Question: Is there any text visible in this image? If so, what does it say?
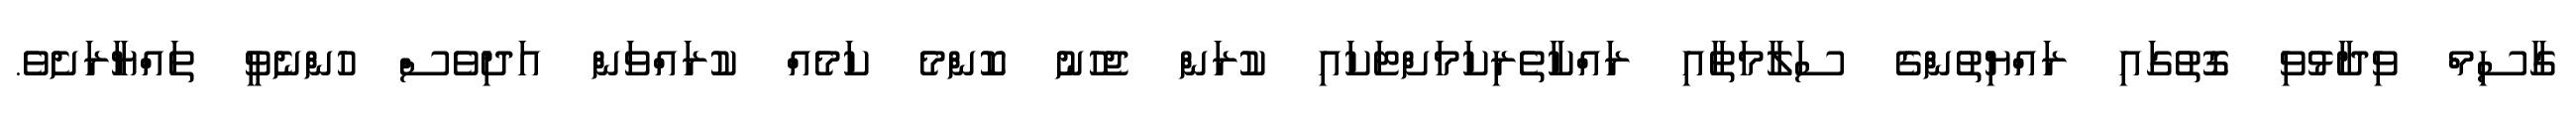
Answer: ގާސިމް ވިދާޅުވި ގޮތުގައި ރައްޔިތުންގެ ސަލާމަތާއި ރައްކާތެރިކަމަށްޓަކައި ކުރަން ޖެހުނު ކޮންމެ ކަމެއް ކުރައްވަން އަދިވެސް ހުންނެވީ ތައްޔާރަށެވެ.